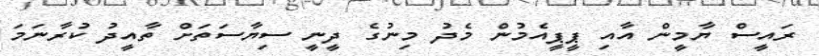
ރައީސް ޔާމީން އާއި ޕީޕީއެމުން މެދު މިނުގެ ދީނީ ސިޔާސަތަށް ތާއީދު ކުރާނަމަ